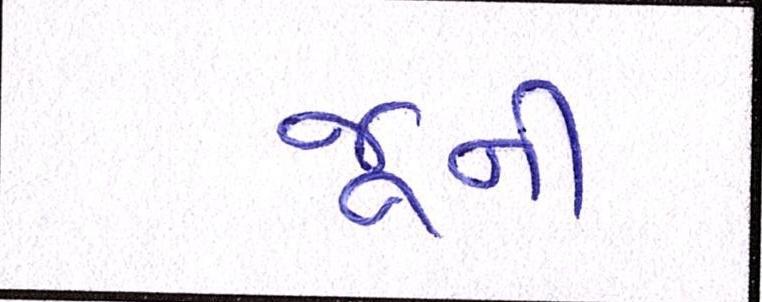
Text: જૂની